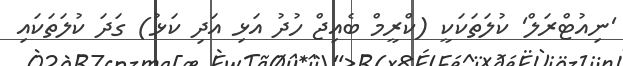
'ނިއުޓްރަލް' ކުލަތަކަކީ (ކްރީމް ބެއިޖް ހުދު އަޅި އަދި ކަޅު) ގަދަ ކުލަތަކައި